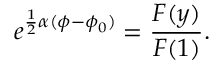
{ e ^ { \frac { 1 } { 2 } \alpha ( \phi - \phi _ { 0 } ) } = \frac { F ( y ) } { F ( 1 ) } . }